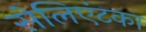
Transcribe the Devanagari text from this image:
सेलिएंटका